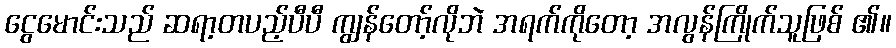
ငွေမောင်းသည် ဆရာ့တပည့်ပီပီ ကျွန်တော့်လိုဘဲ အရက်ကိုတော့ အလွန်ကြိုက်သူဖြစ် ၏။